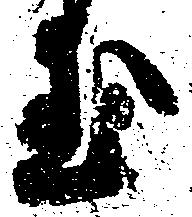
玉